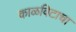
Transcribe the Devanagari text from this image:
काळविटाचा